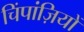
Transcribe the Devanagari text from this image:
चिंपांज़ियों